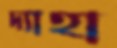
দ্যাহা